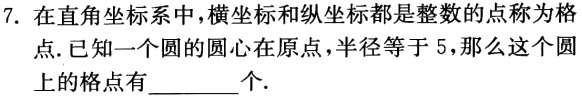
7. 在直角坐标系中，横坐标和纵坐标都是整数的点称为格点.已知一个圆的圆心在原点，半径等于 5，那么这个圆上的格点有________个.